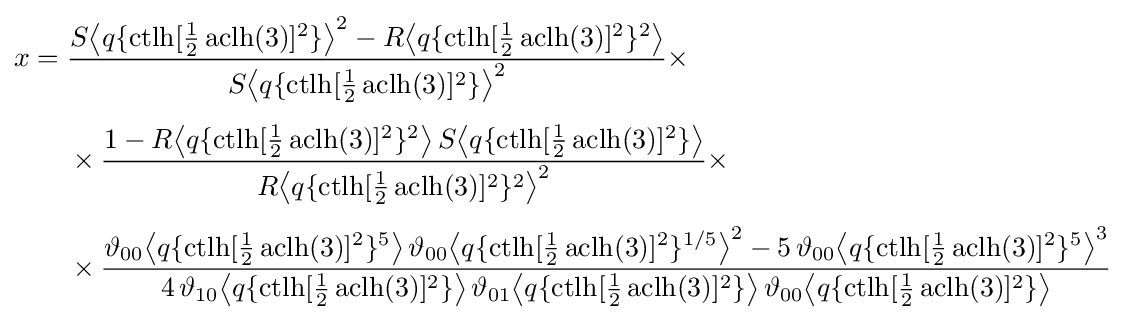
{\begin{aligned}x={}&{\frac {S{\bigl \langle }q\{\operatorname {ctlh} [{\tfrac {1}{2}}\operatorname {aclh} (3)]^{2}\}{\bigr \rangle }^{2}-R{\bigl \langle }q\{\operatorname {ctlh} [{\tfrac {1}{2}}\operatorname {aclh} (3)]^{2}\}^{2}{\bigr \rangle }}{S{\bigl \langle }q\{\operatorname {ctlh} [{\tfrac {1}{2}}\operatorname {aclh} (3)]^{2}\}{\bigr \rangle }^{2}}}\times \\[4pt]&{}\times {\frac {1-R{\bigl \langle }q\{\operatorname {ctlh} [{\tfrac {1}{2}}\operatorname {aclh} (3)]^{2}\}^{2}{\bigr \rangle }\,S{\bigl \langle }q\{\operatorname {ctlh} [{\tfrac {1}{2}}\operatorname {aclh} (3)]^{2}\}{\bigr \rangle }}{R{\bigl \langle }q\{\operatorname {ctlh} [{\tfrac {1}{2}}\operatorname {aclh} (3)]^{2}\}^{2}{\bigr \rangle }^{2}}}\times \\[4pt]&{}\times {\frac {\vartheta _{00}{\bigl \langle }q\{\operatorname {ctlh} [{\tfrac {1}{2}}\operatorname {aclh} (3)]^{2}\}^{5}{\bigr \rangle }\,\vartheta _{00}{\bigl \langle }q\{\operatorname {ctlh} [{\tfrac {1}{2}}\operatorname {aclh} (3)]^{2}\}^{1/5}{\bigr \rangle }^{2}-5\,\vartheta _{00}{\bigl \langle }q\{\operatorname {ctlh} [{\tfrac {1}{2}}\operatorname {aclh} (3)]^{2}\}^{5}{\bigr \rangle }^{3}}{4\,\vartheta _{10}{\bigl \langle }q\{\operatorname {ctlh} [{\tfrac {1}{2}}\operatorname {aclh} (3)]^{2}\}{\bigr \rangle }\,\vartheta _{01}{\bigl \langle }q\{\operatorname {ctlh} [{\tfrac {1}{2}}\operatorname {aclh} (3)]^{2}\}{\bigr \rangle }\,\vartheta _{00}{\bigl \langle }q\{\operatorname {ctlh} [{\tfrac {1}{2}}\operatorname {aclh} (3)]^{2}\}{\bigr \rangle }}}\end{aligned}}